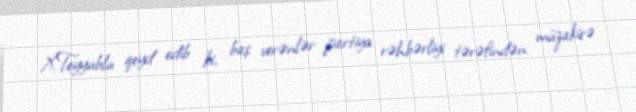
X.Teyyublu qeyd edib ki, baş verənlər partiya rəhbərliyi tərəfindən müzakirə